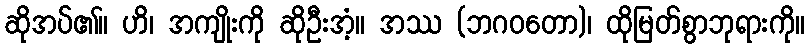
ဆိုအပ်၏။ ဟိ၊ အကျိုးကို ဆိုဦးအံ့။ အဿ (ဘဂဝတော)၊ ထိုမြတ်စွာဘုရားကို။